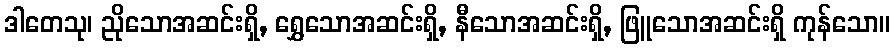
ဒါတေသု၊ ညိုသောအဆင်းရှိ, ရွှေသောအဆင်းရှိ, နီသောအဆင်းရှိ, ဖြူသောအဆင်းရှိ ကုန်သော။